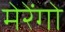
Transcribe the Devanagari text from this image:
मेरेंगो